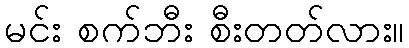
မင်း စက်ဘီး စီးတတ်လား။